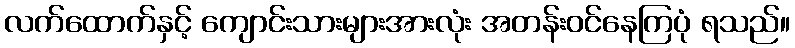
လက်ထောက်နှင့် ကျောင်းသားများအားလုံး အတန်းဝင်နေကြပုံ ရသည်။